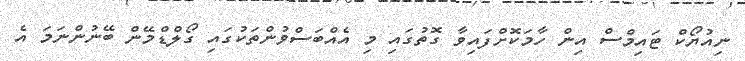
ނިއުޔޯކް ޓައިމްސް އިން ހާމަކޮށްފައިވާ ގޮތުގައި މި އެއްބަސްވުންތަކުގައި ގޯލްޑްމޭން ބޭނުންނަމަ އެ